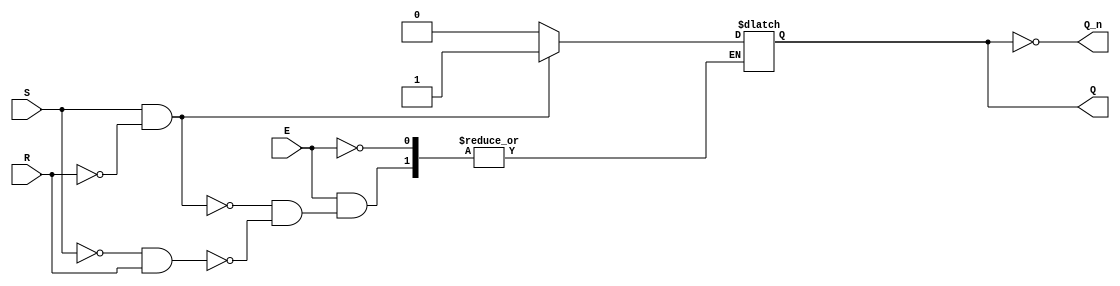
module gated_sr_latch (
    input wire S,      // Set input
    input wire R,      // Reset input
    input wire E,      // Enable input
    output reg Q,      // Output Q
    output wire Q_n    // Complementary output Q'
);

    assign Q_n = ~Q;   // Q' is the complement of Q

    always @(E, S, R) begin
        if (E) begin
            if (S && ~R) begin
                Q <= 1;  // Set Q to 1
            end else if (~S && R) begin
                Q <= 0;  // Reset Q to 0
            end
            // If S = 0 and R = 0, maintain the current state (no change)
            // If S = 1 and R = 1, this is invalid; you may want to handle it
        end
        // When E = 0, the previous state of Q is retained
    end

endmodule